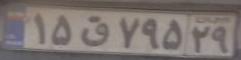
۱۵ق۷۵۹۲۹